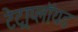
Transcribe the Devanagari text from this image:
टेट्राप्लॉयड